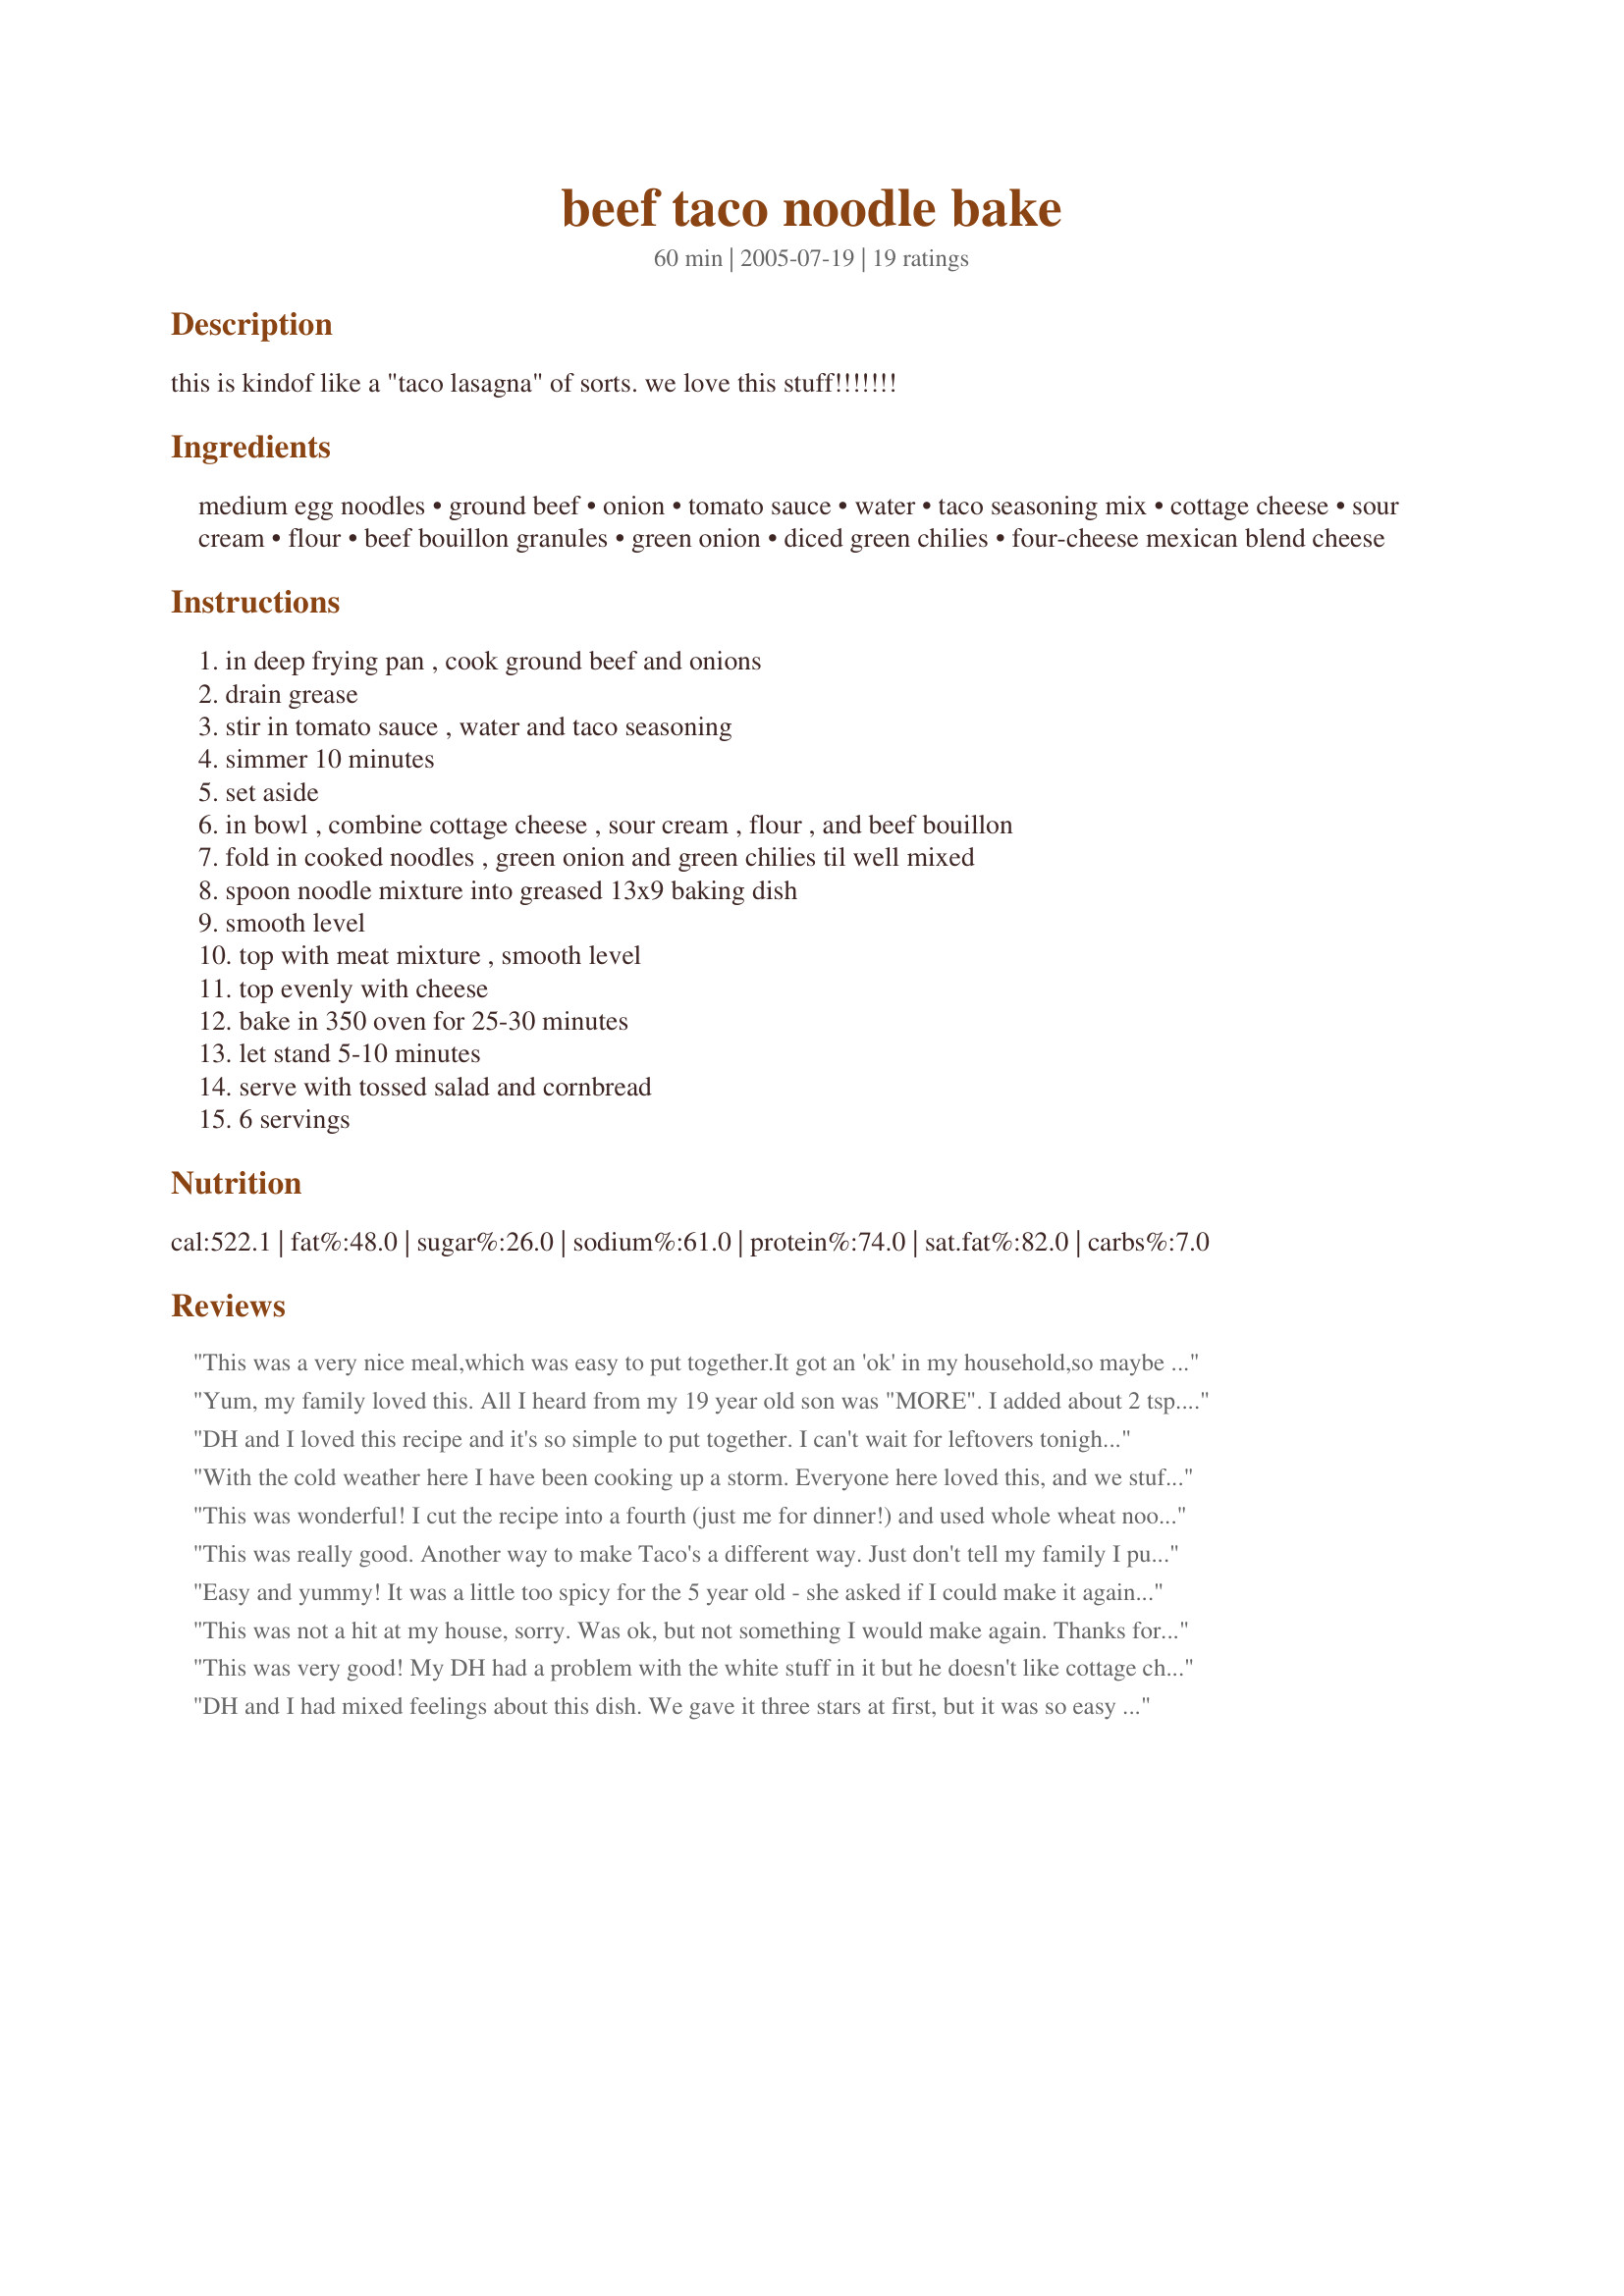
beef taco noodle bake
Preparation time: 60 minutes

this is kindof like a "taco lasagna" of sorts. we love this stuff!!!!!!!

Ingredients:
medium egg noodles, ground beef, onion, tomato sauce, water, taco seasoning mix, cottage cheese, sour cream, flour, beef bouillon granules, green onion, diced green chilies, four-cheese mexican blend cheese

Steps:
in deep frying pan , cook ground beef and onions, drain grease, stir in tomato sauce , water and taco seasoning, simmer 10 minutes, set aside, in bowl , combine cottage cheese , sour cream , flour , and beef bouillon, fold in cooked noodles , green onion and green chilies til well mixed, spoon noodle mixture into greased 13x9 baking dish, smooth level, top with meat mixture , smooth level, top evenly with cheese, bake in 350 oven for 25-30 minutes, let stand 5-10 minutes, serve with tossed salad and cornbread, 6 servings

Reviews:
This was a very nice meal,which was easy to put together.It got an 'ok' in my household,so maybe not one that I would neccessarily make again,as it just wasn't to the family's taste.Sorry.
Yum, my family loved this. All I heard from my 19 year old son was "MORE". I added about 2 tsp. of sugar, just to add a little sweetness.
DH and I loved this recipe and it's so simple to put together. I can't wait for leftovers tonight! Also, the cottage cheese mixture...I couldn't stop sneaking in a spoonful here and there...that stuff was so good. I think I just found a new way to eat my cottage cheese :)
With the cold weather here I have been cooking up a storm. Everyone here loved this, and we stuffed ourselves until we could hardly move from the table (smile). I followed the recipe exactly with great results. Goot stuff! Thank you.
This was wonderful! I cut the recipe into a fourth (just me for dinner!) and used whole wheat noodles, lean ground turkey, low fat mexican blended cheese, low fat cottage cheese & fat free sour cream. I left out the flour, green onions & chilies. Oh, and I used low sodium taco seas mix. It was so easy to put together, yet tasted delicious! Served with some salad, glazed carrots & toasted whole wheat garlic bread. A keeper for sure!
This was really good. Another way to make Taco's a different way. Just don't tell my family I put some stuff in it that they normally do not eat. I chose to blend it all together, minus the cottage cheese. For the Taco Seasoning I used - Homemade Taco Seasoning Packet Replacement Recipe #154235 .
Easy and yummy! It was a little too spicy for the 5 year old - she asked if I could make it again but just not so spicy. (The only "spice" was the taco seasoning - I didn't even use the green chilies.) DH and I liked it.
This was not a hit at my house, sorry. Was ok, but not something I would make again. Thanks for the recipe though. =)
This was very good! My DH had a problem with the white stuff in it but he doesn't like cottage cheese. Needless to say he had 3 servings. Thanks for the recipe. I will be making it again and again, even with the "white stuff". Got to get him to eat good things somehow. LOL.
DH and I had mixed feelings about this dish. We gave it three stars at first, but it was so easy to put together that I added a star. It is good comfort food, I just think it was a weird mix of flavors for us. I may play around with it next time to come up with something that suits our tastes a little better. Thanks for posting!
This was excellent! In addition to the onion I added 1 green pepper (diced) and fresh garlic (minced) - the cheese I needed to impovise on as we don't have Sargento Mexican blend cheese here - I shredded some Provolone, Cheddar & Gouda; put them in a large zip-lock bag with some Mexican blend spices and oregano - this mix added a nice cheesy spicy topping to the dish. I served this along side a simple iceberg salad to continue with the taco theme :) I guess this ends up being a slightly more adult version of Kelly's dish but we loved it and I know all who come across this recipe will love it too! This is going to be something made again and again in our home!
This was a great recipe. My husband takes leftovers to work everyday and said it was even better the next day. Very easy and good recipe. Thanks.
This was really tasty and very simple!
My DS and I really liked this bake but my DH wasn't as fond of it. Thanks for posting a good recipe.
We loved this cassarole and will make it often all winter long! Even my 8yr old granddaughter liked it! We thought we would give it the nickname of Mexican Lasagna! Very good!
Loved it! I made this exaclty as written, except I used a different size baking dish (10x10). This was a great way to get calcium in my 9 yo daughter. Never thought I'd like noodles with taco meat, but lately, it's been a favorite of mine (taco stuffed shells). When making the noodle part of this...it looked pretty weird and I was a little worreid, but the final product is superb! Thaks for posting Kelly! Pam
This was delicious. The whole family agreed that this recipe is a keep, one that will be placed in our permanent recipe file.
I made this dish vegetarian by substituting the hamburger for the meatless Mexican ground, omitted the cottage cheese and used vegetable boullion. Thanks for an easy recipe that converted to vegetarian wonderfully. 

This is so easy to make and the flavour is supurb, the only changes I made was adding 5 large cloves of garlic finely chopped (we love garlic), 1 teasp salt and 2 Tablespoons redcurrent jelly to meat mixture. I have made it twice now and had rave reviews both times, this is a true winner!! Thanks for posting
